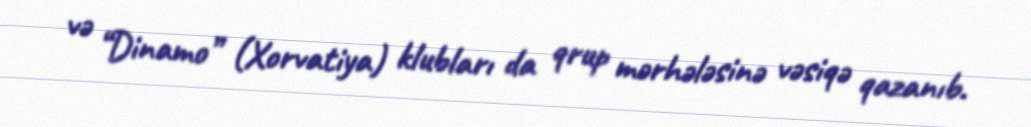
və “Dinamo” (Xorvatiya) klubları da qrup mərhələsinə vəsiqə qazanıb.